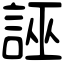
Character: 誣